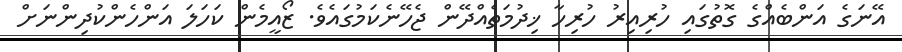
އޭނަގެ އަންބެއްގެ ގޮތުގައި ހުރިއިރު ހުރިހާ ޚިދުމަތެއްދޭން ޖެހޭނެކަމުގައެވެ. ޒޯއީމެން ކަހަލަ އަންހެންކުދިންނަށް